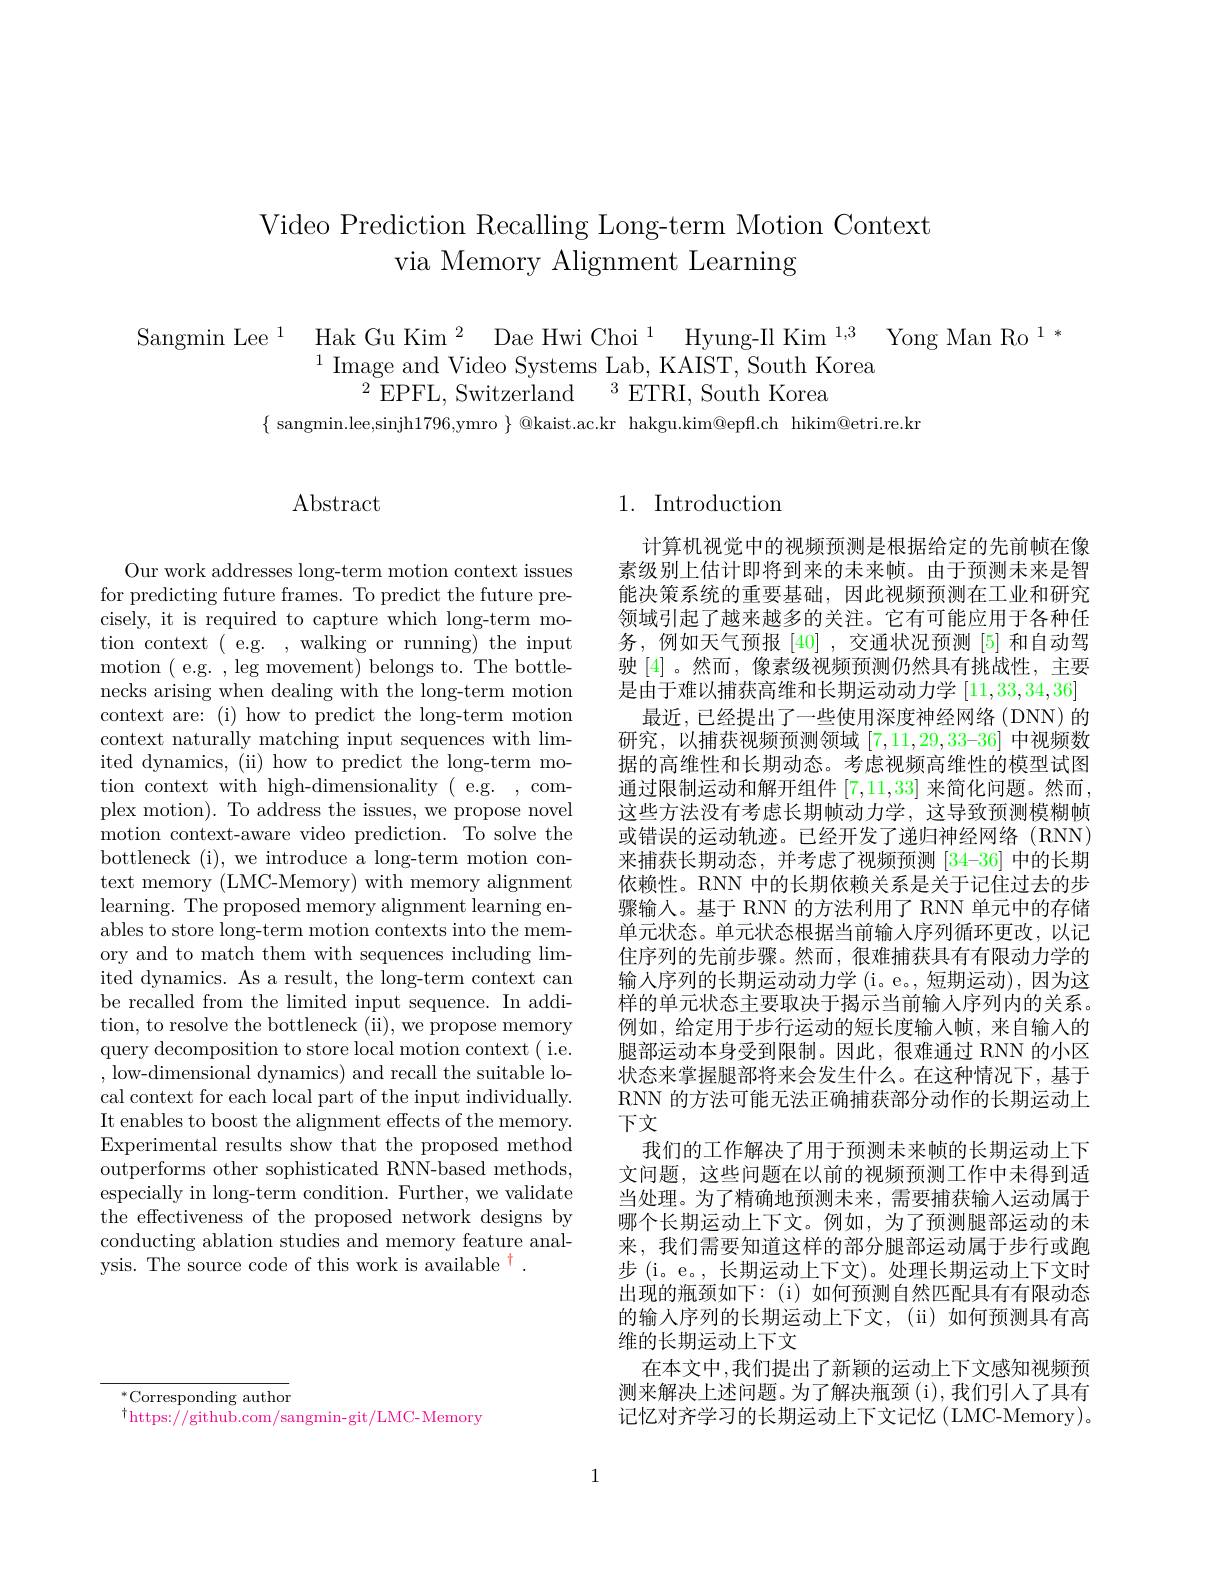
# Video Prediction Recalling Long-term Motion Context via Memory Alignment Learning

$\begin{array}{ll}{\mathrm{Sangmin~Lee}^{1}}&{\mathrm{Hak~Gu~Kim~}^{2}}&{\mathrm{Dae~Hwi~Choi~}^{1}}&{\mathrm{Hyung-II~Kim~}^{1,3}}&{\mathrm{Yong~Man~Ro~}^{1}}\\&{{}^{1}\mathrm{Image~and~Video~Systems~Lab,~KAIST,~South~Korea}}\end{array}$
$^{2}$EPFL, Switzerland$^3$ETRI, South Korea
$\{$ sangmin.lee,sinjh1796,ymro $\}$ @kaist.ac.kr hakgu.kim@epfl.ch hikim@etri.re.kr

## Abstract

Our work addresses long-term motion context issues for predicting future frames. To predict the future precisely, it is required to capture which long-term motion context( e.g. , walking or running) the input motion ( e.g. , leg movement) belongs to. The bottlenecks arising when dealing with the long-term motion context are: (i) how to predict the long-term motion context naturally matching input sequences with limited dynamics, (ii) how to predict the long-term motion context with high-dimensionality ( e.g. , complex motion). To address the issues, we propose novel motion context-aware video prediction. To solve the bottleneck (i), we introduce a long-term motion context memory (LMC-Memory) with memory alignment learning. The proposed memory alignment learning enables to store long-term motion contexts into the memory and to match them with sequences including limited dynamics. As a result, the long-term context can be recalled from the limited input sequence. In addition, to resolve the bottleneck (ii), we propose memory query decomposition to store local motion context ( i.e. , low-dimensional dynamics) and recall the suitable local context for each local part of the input individually. It enables to boost the alignment effects of the memory. Experimental results show that the proposed method outperforms other sophisticated RNN-based methods, especially in long-term condition. Further, we validate the effectiveness of the proposed network designs by conducting ablation studies and memory feature analysis. The source code of this work is available $^{\mathrm{t}}.$

## 1. Introduction

计算机视觉中的视频预测是根据给定的先前帧在像素级别上估计即将到来的未来帧。由于预测末来是智能决策系统的重要基础，因此视频预测在工业和研究领域引起了越来越多的关注。它有可能应用于各种任务，例如天气预报[40],交通状况预测[5]和自动驾驶 [4] 。然而 , 像素级视频预测仍然具有挑战性，主要是由于难以捕获高维和长期运动动力学[11,33,34,36]
最近，已经提出了一些使用深度神经网络(DNN)的研究，以捕获视频预测领域$[7,11,29,33–36]$中视频数据的高维性和长期动态。考虑视频高维性的模型试图通过限制运动和解开组件[7,11,33]来简化问题。然而， 这些方法没有考虑长期帧动力学，这导致预测模糊帧或错误的运动轨迹。已经开发了递归神经网络(RNN) 来捕获长期动态，并考虑了视频预测[34-36]中的长期依赖性。RNN 中的长期依赖关系是关于记住过去的步骤输入。基于 RNN 的方法利用了 RNN 单元中的存储单元状态。单元状态根据当前输入序列循环更改，以记住序列的先前步骤。然而，很难捕获具有有限动力学的输入序列的长期运动动力学(i。e。,短期运动),因为这样的单元状态主要取决于揭示当前输入序列内的关系。例如，给定用于步行运动的短长度输入帧，来自输入的腿部运动本身受到限制。因此，很难通过 RNN 的小区状态来掌握腿部将来会发生什么。在这种情况下，基于RNN 的方法可能无法正确捕获部分动作的长期运动上下文
我们的工作解决了用于预测未来帧的长期运动上下文问题，这些问题在以前的视频预测工作中未得到适当处理。为了精确地预测未来，需要捕获输人运动属于哪个长期运动上下文。例如，为了预测腿部运动的未来，我们需要知道这样的部分腿部运动属于步行或跑步 (i。e。, 长期运动上下文)。处理长期运动上下文时出现的瓶颈如下：(i)如何预测自然匹配具有有限动态的输人序列的长期运动上下文，(ii)如何预测具有高维的长期运动上下文
在本文中，我们提出了新颖的运动上下文感知视频预测来解决上述问题。为了解决瓶颈(i),我们引人了具有记忆对齐学习的长期运动上下文记忆(LMC-Memory)。

$^*$Corresponding author
$^{\dagger}$https://github.com/sangmin-git/LMC-Memory

1